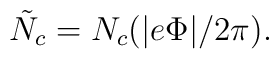
\tilde{N}_c=N_c (|e\Phi|/2\pi).